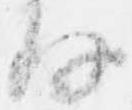
存